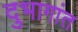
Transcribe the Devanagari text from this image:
दुभागांत